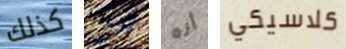
كذلك الذي أنه كلاسيكي